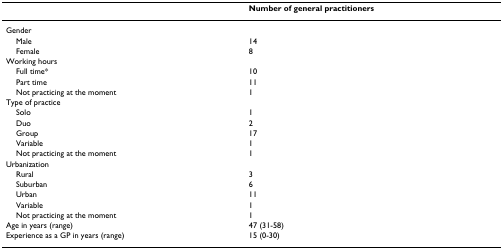
<table><thead><tr><td>[EMPTY_CELL]</td><td><b>Number of general practitioners</b></td></tr></thead><tbody><tr><td>Gender</td><td>[EMPTY_CELL]</td></tr><tr><td> Male</td><td>14</td></tr><tr><td> Female</td><td>8</td></tr><tr><td>Working hours</td><td>[EMPTY_CELL]</td></tr><tr><td> Full time*</td><td>10</td></tr><tr><td> Part time</td><td>11</td></tr><tr><td> Not practicing at the moment</td><td>1</td></tr><tr><td>Type of practice</td><td>[EMPTY_CELL]</td></tr><tr><td> Solo</td><td>1</td></tr><tr><td> Duo</td><td>2</td></tr><tr><td> Group</td><td>17</td></tr><tr><td> Variable</td><td>1</td></tr><tr><td> Not practicing at the moment</td><td>1</td></tr><tr><td>Urbanization</td><td>[EMPTY_CELL]</td></tr><tr><td> Rural</td><td>3</td></tr><tr><td> Suburban</td><td>6</td></tr><tr><td> Urban</td><td>11</td></tr><tr><td> Variable</td><td>1</td></tr><tr><td> Not practicing at the moment</td><td>1</td></tr><tr><td>Age in years (range)</td><td>47 (31-58)</td></tr><tr><td>Experience as a GP in years (range)</td><td>15 (0-30)</td></tr></tbody></table>